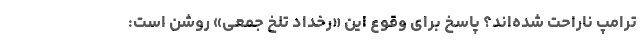
ترامپ ناراحت شده‌اند؟ پاسخ برای وقوع این «رخداد تلخ جمعی» روشن است: